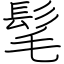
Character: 髦